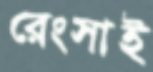
রেংসাই